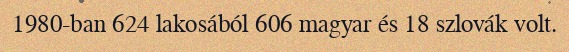
1980-ban 624 lakosából 606 magyar és 18 szlovák volt.